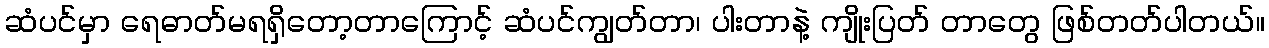
ဆံပင်မှာ ရေဓာတ်မရရှိတော့တာကြောင့် ဆံပင်ကျွတ်တာ၊ ပါးတာနဲ့ ကျိုးပြတ် တာတွေ ဖြစ်တတ်ပါတယ်။